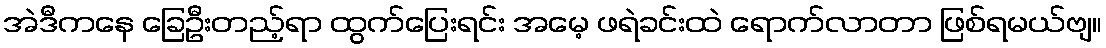
အဲဒီကနေ ခြေဦးတည့်ရာ ထွက်ပြေးရင်း အမေ့ ဖရဲခင်းထဲ ရောက်လာတာ ဖြစ်ရမယ်ဗျ။